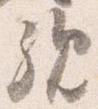
親